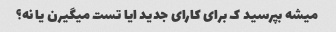
میشه بپرسید ک برای کارای جدید ایا تست میگیرن یا نه؟